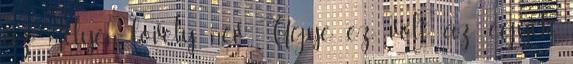
az milyen lovely név Ugye ez volt az egyik